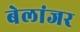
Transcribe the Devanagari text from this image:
बेलांजर